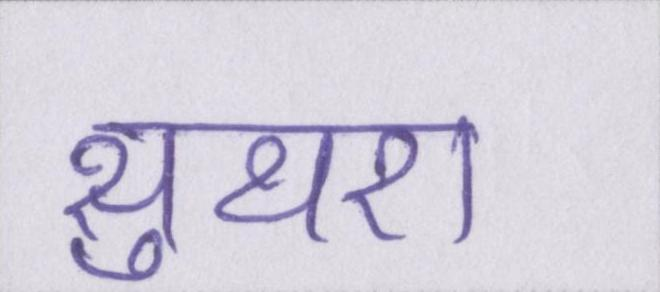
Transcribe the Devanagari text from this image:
सुथरा